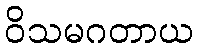
ဝိသမဂတာယ